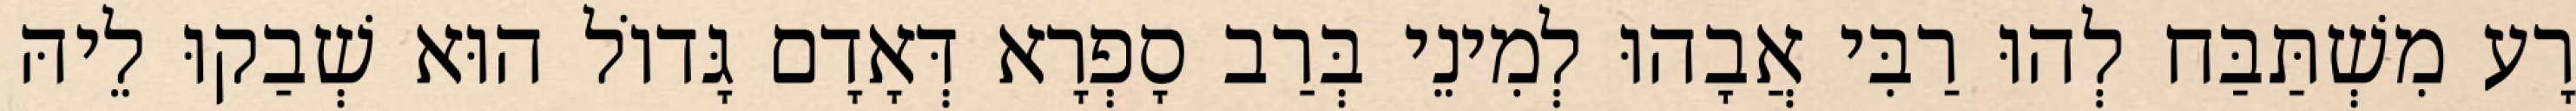
רָע מִשְׁתַּבַּח לְהוּ רַבִּי אֲבָהוּ לְמִינֵי בְּרַב סָפְרָא דְּאָדָם גָּדוֹל הוּא שְׁבַקוּ לֵיהּ